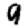
Digit: 9